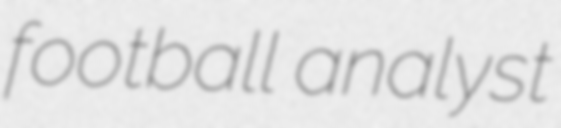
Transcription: football analyst